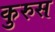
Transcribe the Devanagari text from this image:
कुरुस